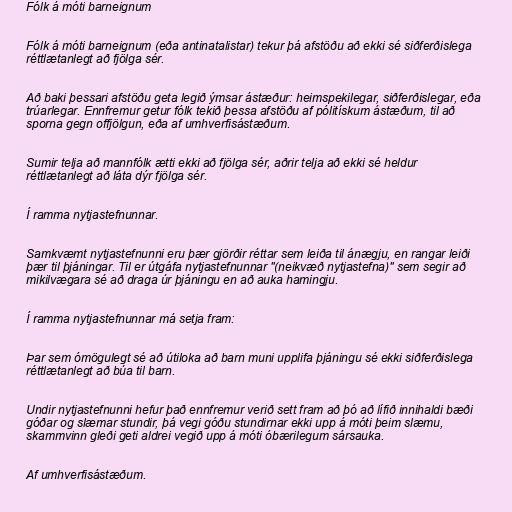
Fólk á móti barneignum

Fólk á móti barneignum (eða antinatalistar) tekur þá afstöðu að ekki sé siðferðislega
réttlætanlegt að fjölga sér.

Að baki þessari afstöðu geta legið ýmsar ástæður: heimspekilegar, siðferðislegar, eða
trúarlegar. Ennfremur getur fólk tekið þessa afstöðu af pólitískum ástæðum, til að
sporna gegn offjölgun, eða af umhverfisástæðum.

Sumir telja að mannfólk ætti ekki að fjölga sér, aðrir telja að ekki sé heldur
réttlætanlegt að láta dýr fjölga sér.

Í ramma nytjastefnunnar.

Samkvæmt nytjastefnunni eru þær gjörðir réttar sem leiða til ánægju, en rangar leiði
þær til þjáningar. Til er útgáfa nytjastefnunnar "(neikvæð nytjastefna)" sem segir að
mikilvægara sé að draga úr þjáningu en að auka hamingju.

Í ramma nytjastefnunnar má setja fram:

Þar sem ómögulegt sé að útiloka að barn muni upplifa þjáningu sé ekki siðferðislega
réttlætanlegt að búa til barn.

Undir nytjastefnunni hefur það ennfremur verið sett fram að þó að lífið innihaldi bæði
góðar og slæmar stundir, þá vegi góðu stundirnar ekki upp á móti þeim slæmu,
skammvinn gleði geti aldrei vegið upp á móti óbærilegum sársauka.

Af umhverfisástæðum.